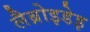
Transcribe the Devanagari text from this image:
लैब्रोइडेइ